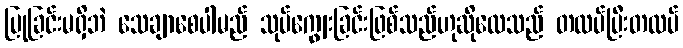
ပြုခြင်းမရှိဘဲ သေချာစေပါမည် သုပ်ကျွေးခြင်းဖြစ်သည်ဟုဆိုလေသည် တထပ်ပြီးတထပ်